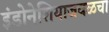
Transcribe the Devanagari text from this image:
इंडोनेशियाजवळचा